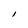
Character: I